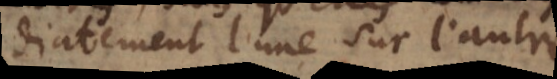
immediatement l’une sur l’autre.